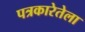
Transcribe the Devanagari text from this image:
पत्रकारेतेला